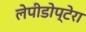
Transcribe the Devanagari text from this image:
लेपीडोप्टेरा